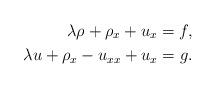
LaTeX: \begin{align*}\lambda\rho+\rho_x+u_x=f,\\\lambda u+\rho_x-u_{xx}+u_x=g.\end{align*}